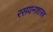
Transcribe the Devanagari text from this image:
रसयनशास्त्र